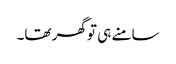
سامنے ہی تو گھر تھا۔